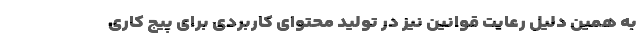
به همین دلیل رعایت قوانین نیز در تولید محتوای کاربردی برای پیج کاری